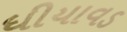
ધીયાવડ